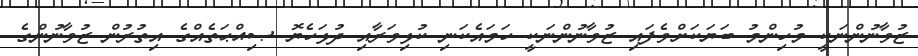
ޒުވާނުންނަކީ މުހިންމު ބަޔަކަށްވެފައި ޒުވާނުންނަކީ ހަމައެކަނި ކުޅިވަރާއި ދުޅަހެޔޮ ޞިއްޙަތެއްގެ އިތުރުން ޒުވާނުންގެ